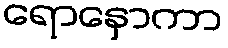
ရောနှောကာ